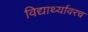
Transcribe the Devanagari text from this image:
विद्यार्थ्यावरच